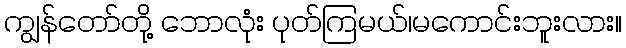
ကျွန်တော်တို့ ဘောလုံး ပုတ်ကြမယ်၊မကောင်းဘူးလား။